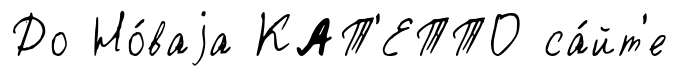
До Но́ваjа КАТ'ЕТТО са́йт'е